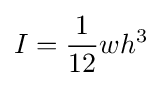
I={\frac {1}{12}}wh^{3}